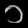
Digit: ၁